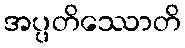
အပ္ပတိဿောတိ